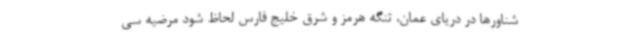
شناورها در دریای عمان، تنگه هرمز و شرق خلیج فارس لحاظ شود مرضیه سی